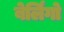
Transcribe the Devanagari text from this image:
बेर्लिंगो